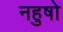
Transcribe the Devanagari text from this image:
नहुषो